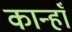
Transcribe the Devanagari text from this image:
कान्हाँ